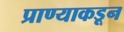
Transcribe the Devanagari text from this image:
प्राण्याकडून